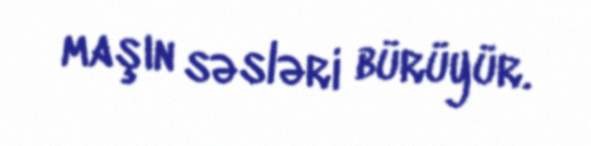
maşın səsləri bürüyür.